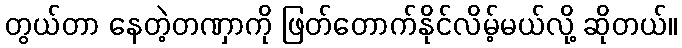
တွယ်တာ နေတဲ့တဏှာကို ဖြတ်တောက်နိုင်လိမ့်မယ်လို့ ဆိုတယ်။